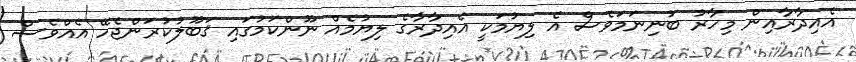
އެއިދާރާއިން މިހާރު ބުނިނަމަވެސް އެ ލިޔުމަކީ އެއިދާރާގެ ލިޔުމެއް ނޫންކަމުގައި ޤަބޫލުކުރަންޖެހޭ އެއްވެސް